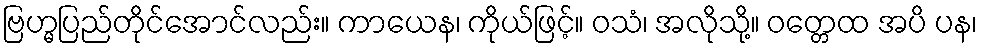
ဗြဟ္မပြည်တိုင်အောင်လည်း။ ကာယေန၊ ကိုယ်ဖြင့်။ ဝသံ၊ အလိုသို့။ ဝတ္တေထ အပိ ပန၊